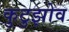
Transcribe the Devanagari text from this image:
कुटुझोव